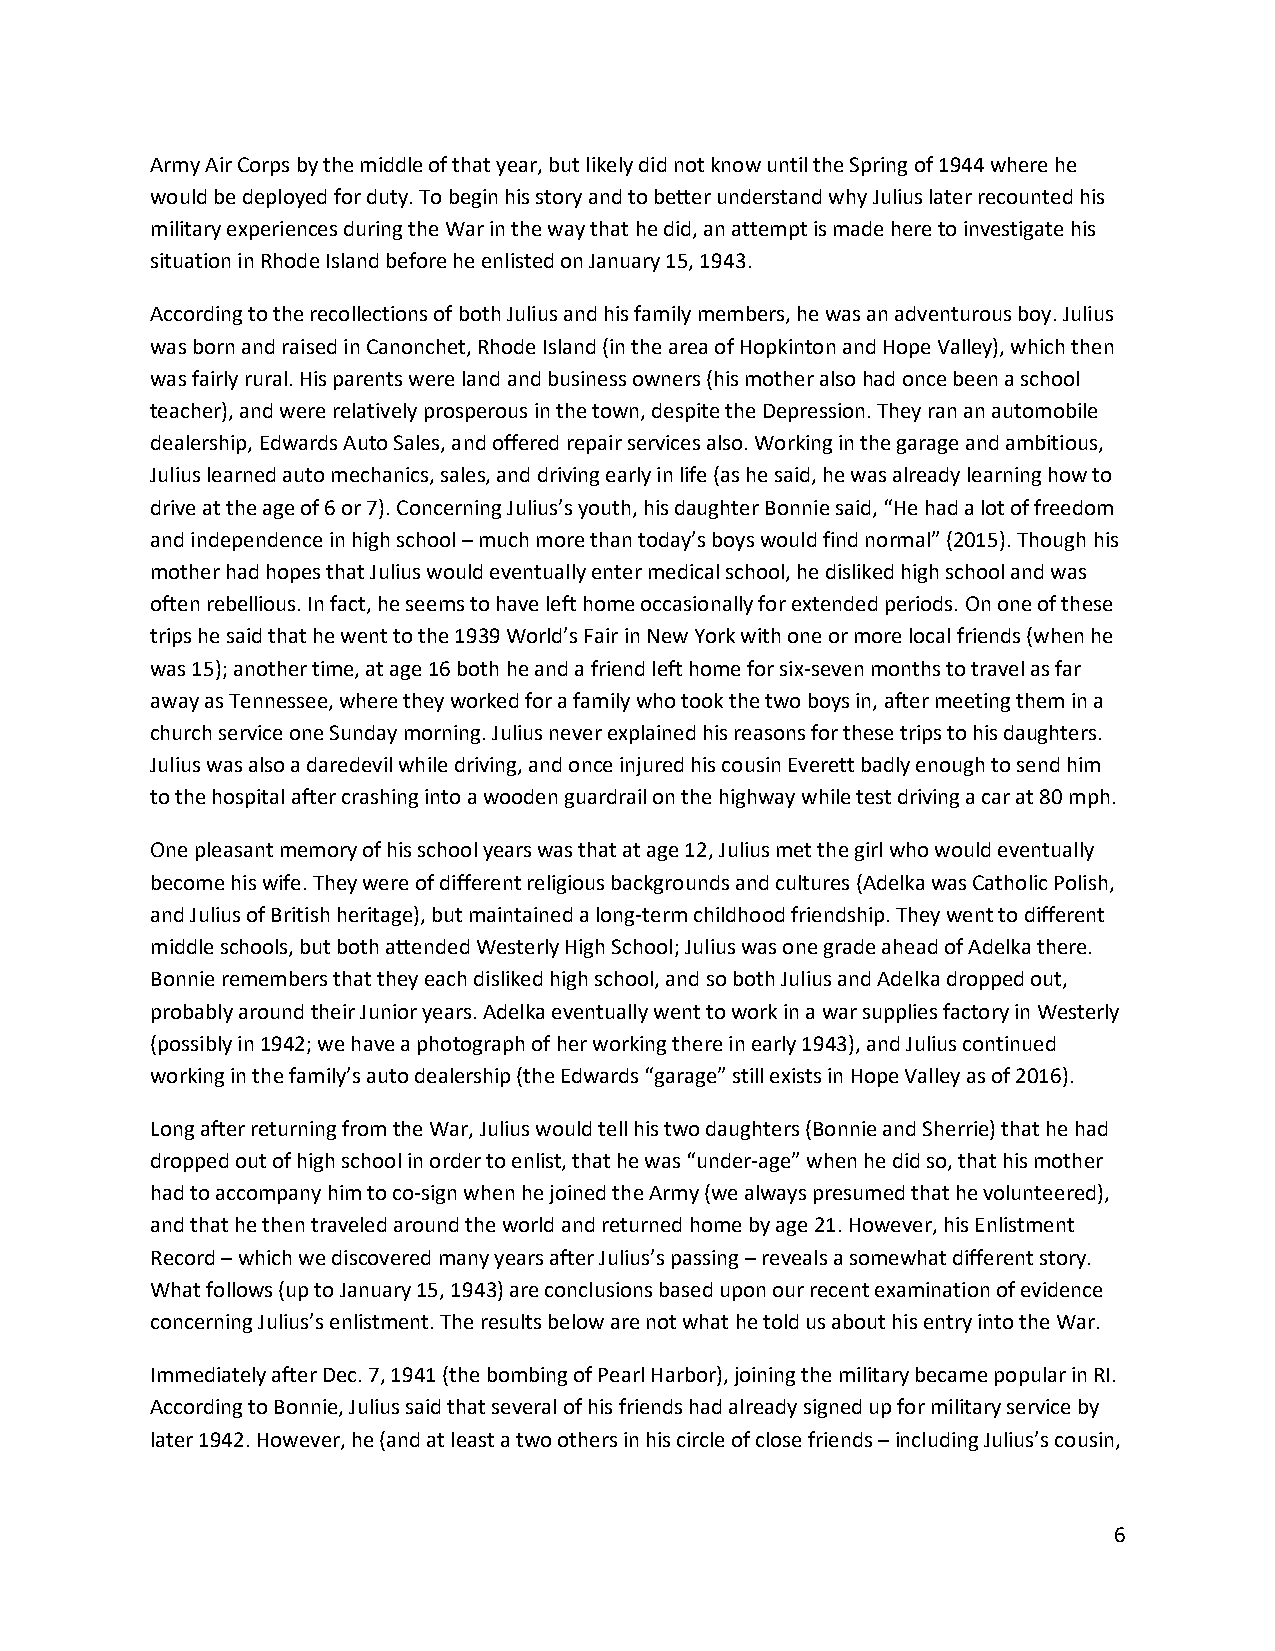
Army Air Corps by the middle of that year, but likely did not know until the Spring of 1944 where he
 would be deployed for duty. To begin his story and to better understand why Julius later recounted his
 military experiences during the War in the way that he did, an attempt is made here to investigate his
 situation in Rhode Island before he enlisted on January 15, 1943.
 According to the recollections of both Julius and his family members, he was an adventurous boy. Julius
 was born and raised in Canonchet, Rhode Island (in the area of Hopkinton and Hope Valley), which then
 was fairly rural. His parents were land and business owners (his mother also had once been a school
 teacher), and were relatively prosperous in the town, despite the Depression. They ran an automobile
 dealership, Edwards Auto Sales, and offered repair services also. Working in the garage and ambitious,
 Julius learned auto mechanics, sales, and driving early in life (as he said, he was already learning how to
 drive at the age of 6 or 7). Concerning Julius’s youth, his daughter Bonnie said, “He had a lot of freedom
 and independence in high school – much more than today’s boys would find normal” (2015). Though his
 mother had hopes that Julius would eventually enter medical school, he disliked high school and was
 often rebellious. In fact, he seems to have left home occasionally for extended periods. On one of these
 trips he said that he went to the 1939 World’s Fair in New York with one or more local friends (when he
 was 15); another time, at age 16 both he and a friend left home for six-seven months to travel as far
 away as Tennessee, where they worked for a family who took the two boys in, after meeting them in a
 church service one Sunday morning. Julius never explained his reasons for these trips to his daughters.
 Julius was also a daredevil while driving, and once injured his cousin Everett badly enough to send him
 to the hospital after crashing into a wooden guardrail on the highway while test driving a car at 80 mph.
 One pleasant memory of his school years was that at age 12, Julius met the girl who would eventually
 become his wife. They were of different religious backgrounds and cultures (Adelka was Catholic Polish,
 and Julius of British heritage), but maintained a long-term childhood friendship. They went to different
 middle schools, but both attended Westerly High School; Julius was one grade ahead of Adelka there.
 Bonnie remembers that they each disliked high school, and so both Julius and Adelka dropped out,
 probably around their Junior years. Adelka eventually went to work in a war supplies factory in Westerly
 (possibly in 1942; we have a photograph of her working there in early 1943), and Julius continued
 working in the family’s auto dealership (the Edwards “garage” still exists in Hope Valley as of 2016).
 Long after returning from the War, Julius would tell his two daughters (Bonnie and Sherrie) that he had
 dropped out of high school in order to enlist, that he was “under-age” when he did so, that his mother
 had to accompany him to co-sign when he joined the Army (we always presumed that he volunteered),
 and that he then traveled around the world and returned home by age 21. However, his Enlistment
 Record – which we discovered many years after Julius’s passing – reveals a somewhat different story.
 What follows (up to January 15, 1943) are conclusions based upon our recent examination of evidence
 concerning Julius’s enlistment. The results below are not what he told us about his entry into the War.
 Immediately after Dec. 7, 1941 (the bombing of Pearl Harbor), joining the military became popular in RI.
 According to Bonnie, Julius said that several of his friends had already signed up for military service by
 later 1942. However, he (and at least a two others in his circle of close friends – including Julius’s cousin,
 6